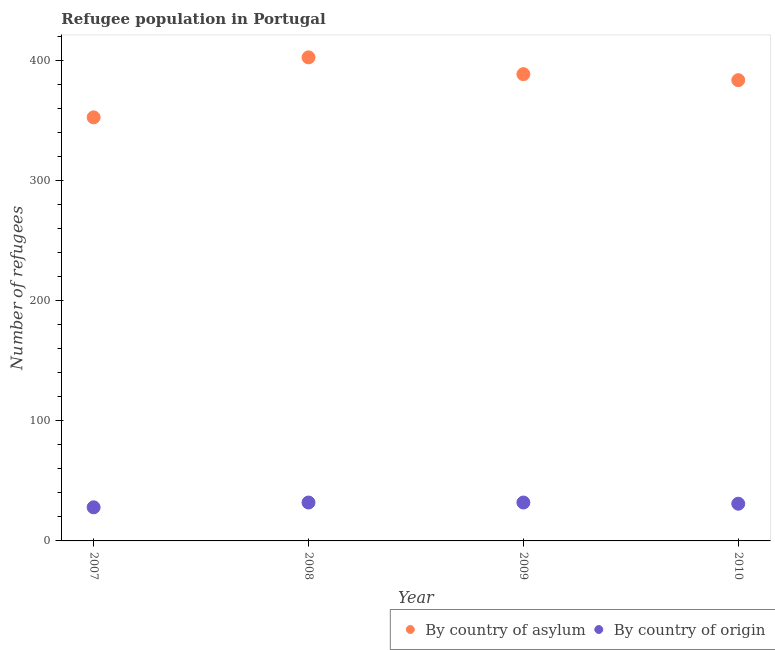
| Year | By country of asylum | By country of origin |
 | --- | --- | --- |
 | 2007 | 353 | 28 |
 | 2008 | 403 | 32 |
 | 2009 | 389 | 32 |
 | 2010 | 384 | 31 |